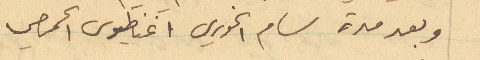
وبعد مدة سام الخوري اغناطيوس الحمصي